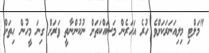
"މަލްޓި މިލިއަނަރަކަށްވެ ހުރެ އަހަރެން މަސައްކަތަށް ނުކުންނާތީ ވަރަށް ގިނަ މީހުން ހިތަށް